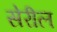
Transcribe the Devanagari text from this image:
सेरील